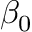
\beta _ { 0 }